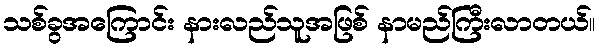
သစ်ခွအကြောင်း နားလည်သူအဖြစ် နာမည်ကြီးလာတယ်။